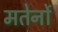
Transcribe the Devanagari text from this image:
मतेर्नो